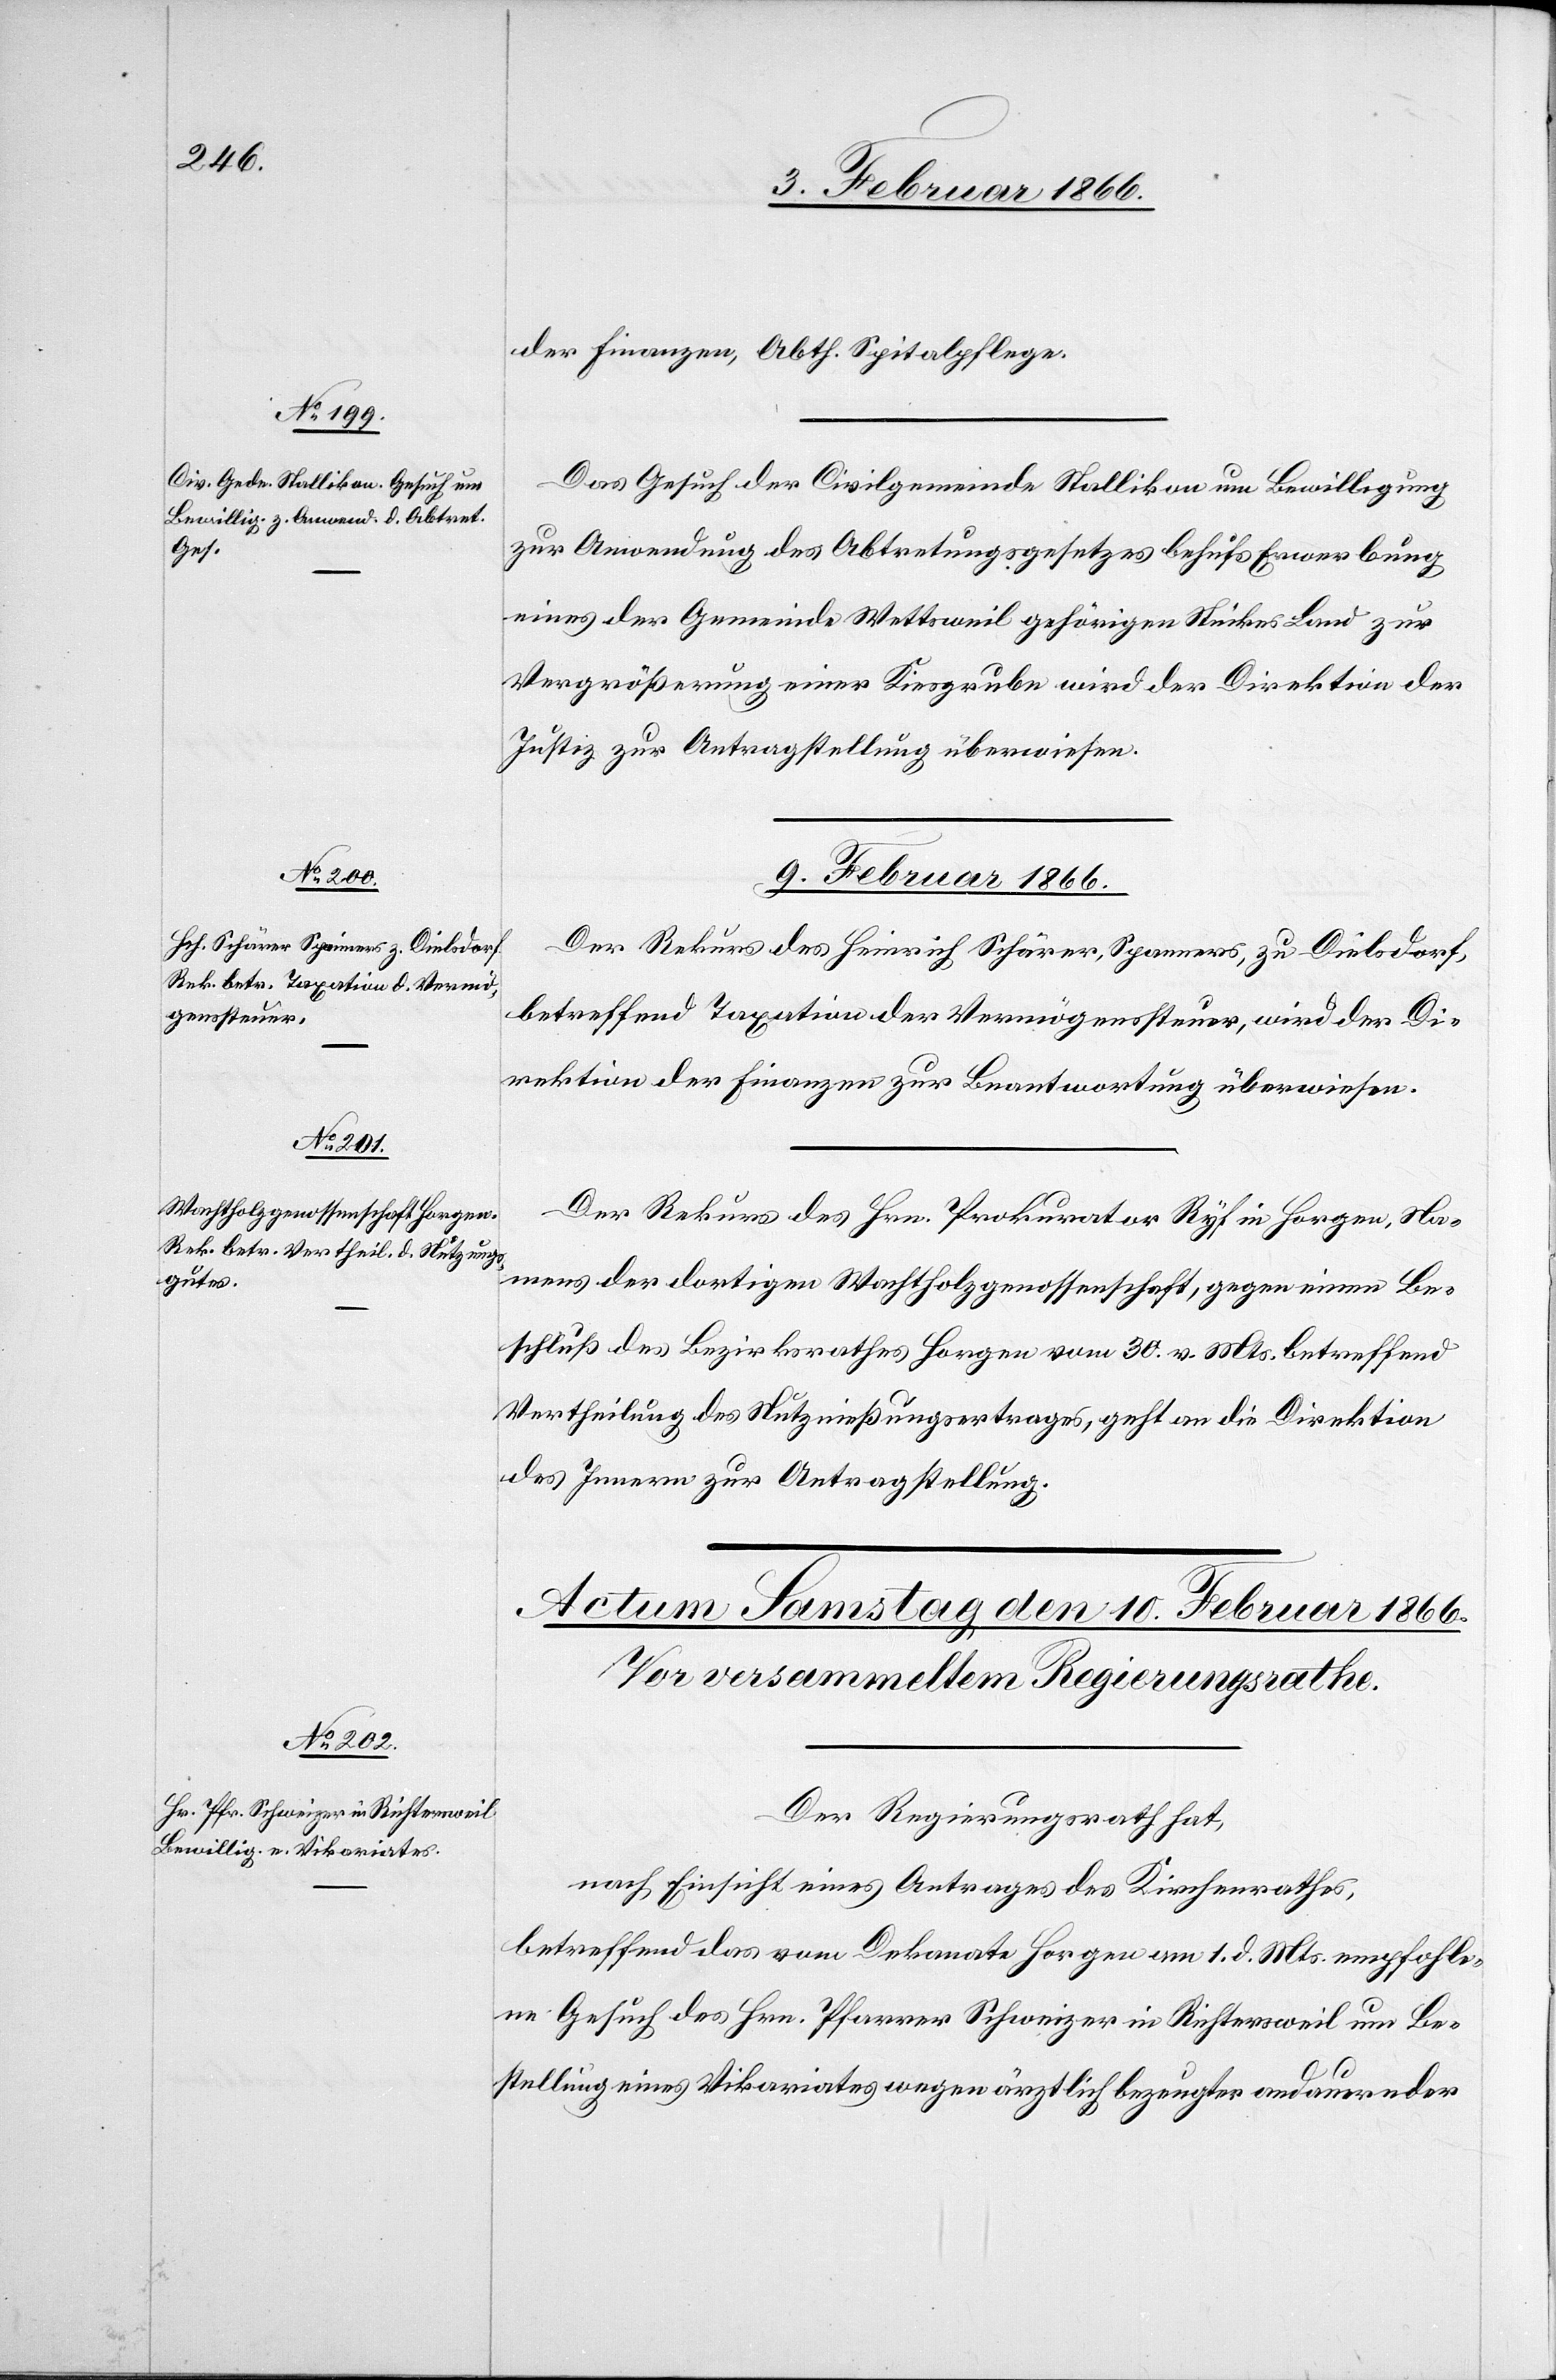
8. Februar 1866.]
der Finanzen, Abth. Spitalpflege.
Das Gesuch der Civilgemeinde Stallikon um Bewilligung
zur Anwendung des Abtretungsgesetzes behufs Erwerbung
eines der Gemeinde Wettsweil gehörigen Stückes Land zur
Vergrößerung einer Kiesgrube wird der Direktion der
Justiz zur Antragstellung überwiesen.
9. Februar 1866.]
Der Rekurs des Heinrich Schärrer, Spanners, zu Dielsdorf
betreffend Taxation der Vermögenssteuer, wird der Di¬
rektion der Finanzen zur Beantwortung überwiesen.
Der Rekurs des Hrn. Prokurator Ryf in Horgen, Na¬
mens der dortigen Wachtholzgenossenschaft, gegen einen Be¬
schluß des Bezirksrathes Horgen vom 30. v. Mts. betreffend
Vertheilung des Nutznießungsvertrages, geht an die Direktion
des Innern zur Antragstellung.
Der Regierungsrath hat,
nach Einsicht eines Antrages des Kirchenrathes,
betreffend das vom Dekanate Horgen am 1. d. Mts. empfohle¬
ne Gesuch des Hrn. Pfarrer Schweizer in Richtersweil um Be¬
stellung eines Vikariates wegen ärztlich bezeugter andauernder